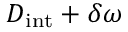
D _ { \mathrm { i n t } } + \delta \omega